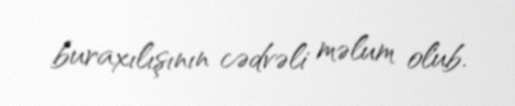
buraxılışının cədvəli məlum olub.